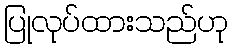
ပြုလုပ်ထားသည်ဟု